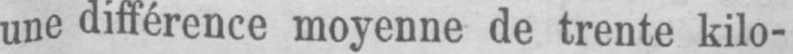
une différence moyenne de trente kilo-